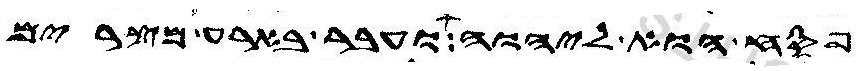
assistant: פסח הוא ליהוה ועבר בארע מצרים